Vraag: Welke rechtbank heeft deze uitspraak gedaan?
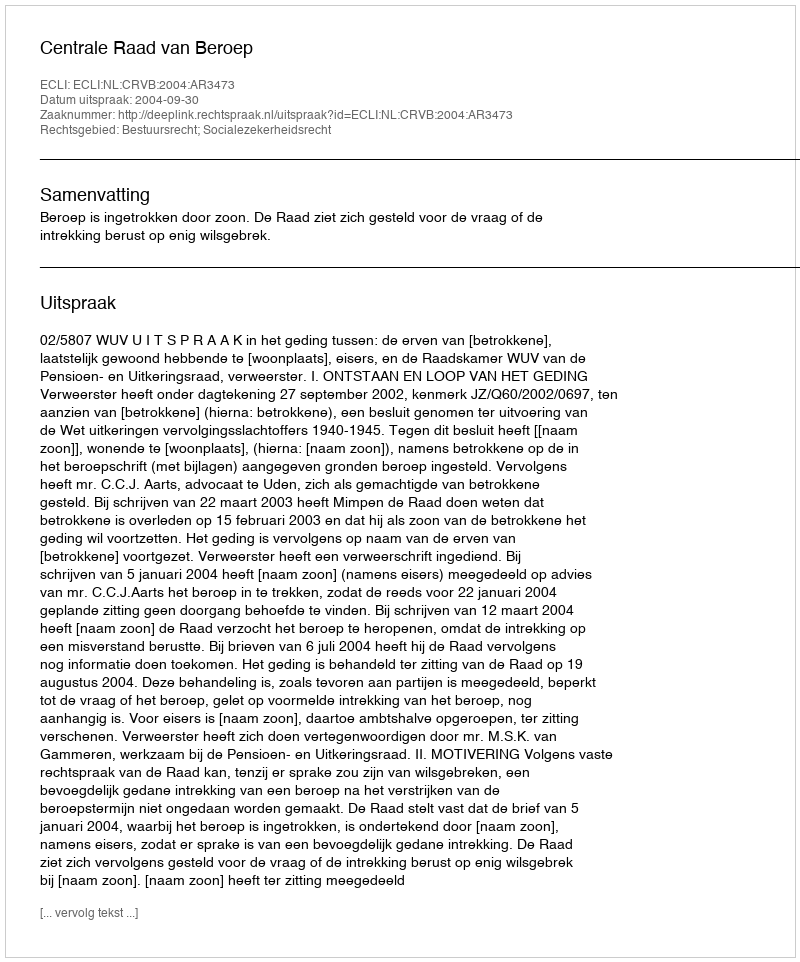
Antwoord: Centrale Raad van Beroep